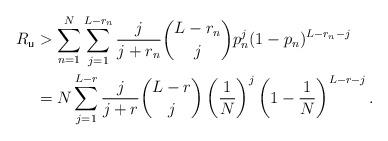
LaTeX: \begin{align*}R_{\mathsf{u}}&> \sum_{n=1}^N\sum_{j=1}^{L-r_n}\frac{j}{j+r_n} \binom{L-r_n}{j} p_n^{j}(1-p_n)^{L-r_n-j}\\&=N\sum_{j=1}^{L-r}\frac{j}{j+r} \binom{L-r}{j} \left(\frac{1}{N}\right)^{j}\left(1-\frac{1}{N}\right)^{L-r-j}.\end{align*}